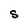
Character: S